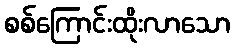
စစ်ကြောင်းထိုးလာသော